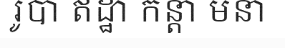
រូបា ឥដ្ឋា កន្តា មនា